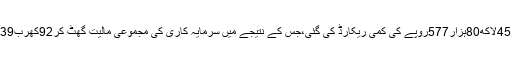
سرمایہ کاری مالیت میںمزید80ارب 89کروڑ45لاکھ80ہزار577روپے کی کمی ریکارڈ کی گئی،جس کے نتیجے میں سرمایہ کاری کی مجموعی مالیت گھٹ کر92کھرب39ارب43 کروڑ6لاکھ38ہزار88روپے ہو گئی ۔